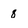
Character: 8